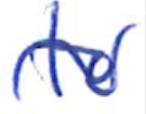
Text: to
Cross-out: wave
Writing tool: ballpoint